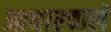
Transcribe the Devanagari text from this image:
आधारवाले